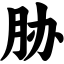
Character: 胁